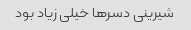
شیرینی دسرها خیلی زیاد بود